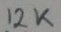
Text: 12K